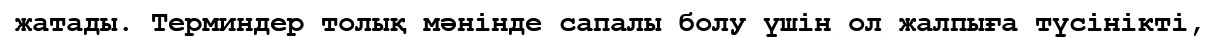
жатады. Терминдер толық мәнінде сапалы болу үшін ол жалпыға түсінікті,